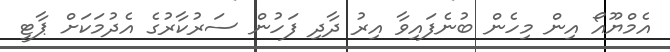
އެމްޔޫއޯ އިން މިހެން ބުނެފައިވާ އިރު ދާދި ފަހުން ސަރުކާރުގެ އެދުމަކަށް ޕާޓީ